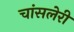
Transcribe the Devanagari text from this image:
चांसलेरी